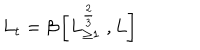
L _ { t } = \beta \left[ L _ { \geq 1 } ^ { \frac { 2 } { 3 } } \; , L \right]